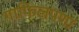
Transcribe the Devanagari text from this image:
गाफिलपणा